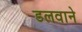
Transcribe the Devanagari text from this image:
डलवाने